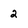
Character: 2